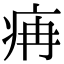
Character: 㾆